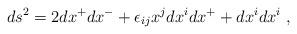
LaTeX: \begin{align*} ds^2 = 2 dx^+ dx^- + \epsilon_{ij} x^j dx^i dx^+ + dx^i dx^i~,\end{align*}